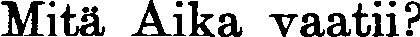
Mitä Aika vaatii?